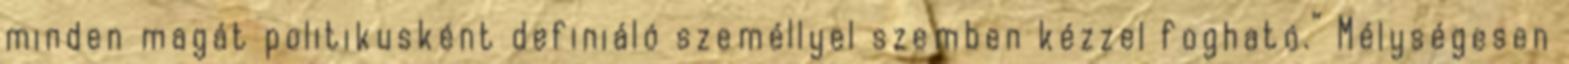
minden magát politikusként definiáló személlyel szemben kézzel fogható.” Mélységesen